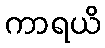
ကာရယိ